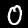
Digit: 0